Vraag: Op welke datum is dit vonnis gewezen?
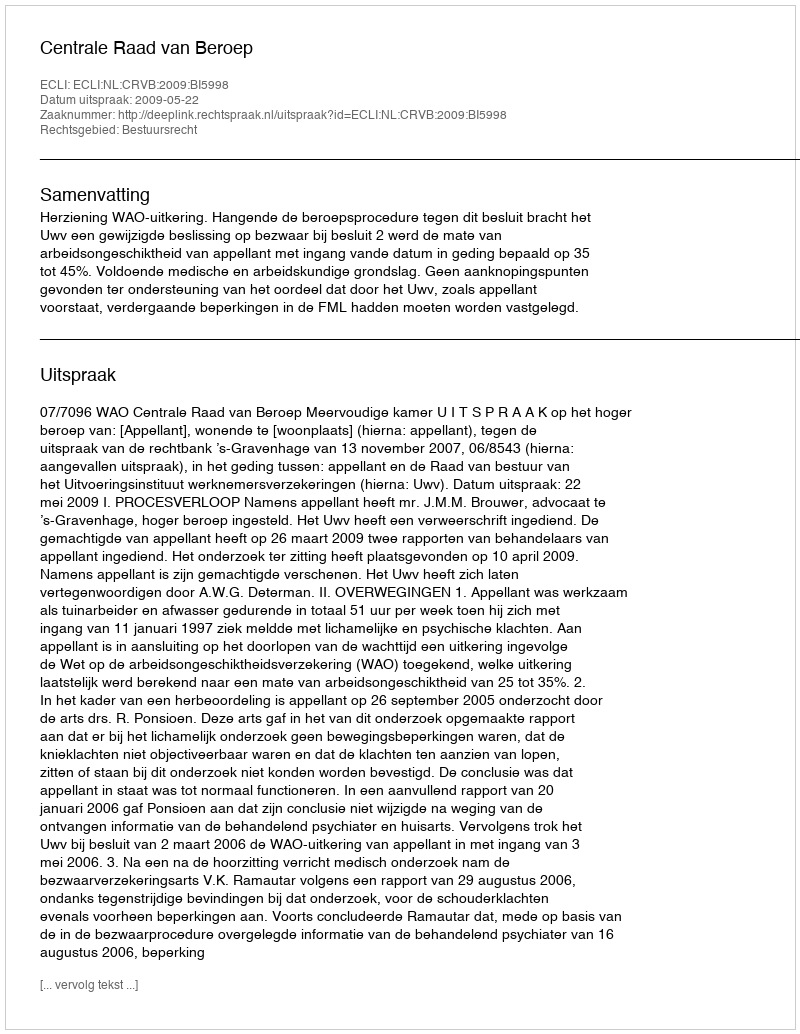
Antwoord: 2009-05-22